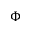
\Phi